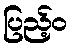
ပြည့်ဝ